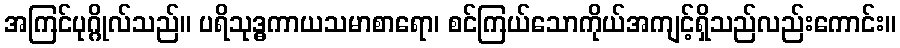
အကြင်ပုဂ္ဂိုလ်သည်။ ပရိသုဒ္ဓကာယသမာစာရော၊ စင်ကြယ်သောကိုယ်အကျင့်ရှိသည်လည်းကောင်း။